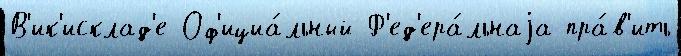
В'ик'исклад'е Оф'ициа́льный Ф'ед'ера́льнаjа пра́в'ить